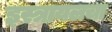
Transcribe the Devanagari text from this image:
इस्त्रायलचा